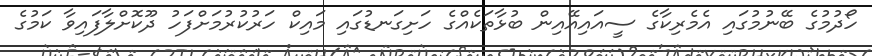
ހޯދުމުގެ ބޭނުމުގައި އެމެރިކާގެ ސީއައިއޭއިން ބުޅާތަކެއްގެ ހަށިގަނޑުގައި މައިކް ހަރުކުރުމަށްފަހު ދޫކޮށްލާފައިވާ ކަމުގެ